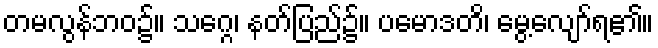
တမလွန်ဘဝ၌။ သဂ္ဂေ၊ နတ်ပြည်၌။ ပမောဒတိ၊ မွေ့လျော်ရ၏။